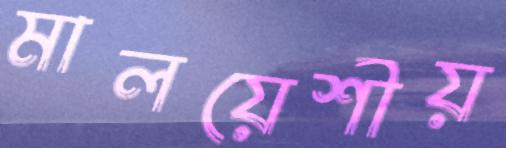
মালয়েশীয়